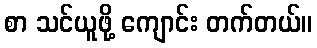
စာ သင်ယူဖို့ ကျောင်း တက်တယ်။